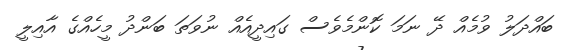
ބައްދަލު ވުމެއް ދޭ ނަމަ ކޮންމެވެސް ގައިދީއެއް ނުވަތަ ބަންދު މީހެއްގެ އާއިލީ